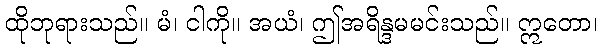
ထိုဘုရားသည်။ မံ၊ ငါကို။ အယံ၊ ဤအရိန္ဒမမင်းသည်။ ဣတော၊